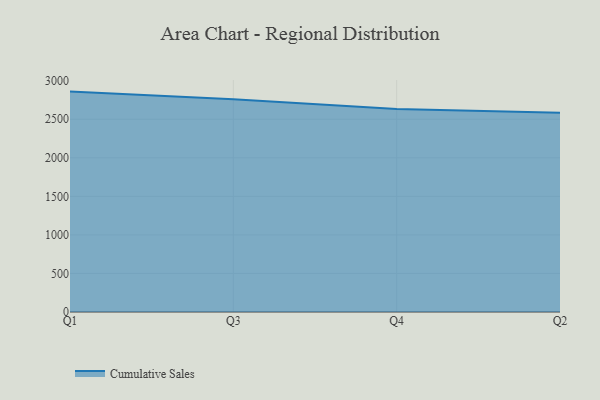
{"axis": {"x": "Quarter", "y": "Website Visitors"}, "legend": ["Cumulative Sales"], "data": [{"x": "Q1", "y": 2858.9, "type": "Cumulative Sales"}, {"x": "Q3", "y": 2759.9, "type": "Cumulative Sales"}, {"x": "Q4", "y": 2634.8, "type": "Cumulative Sales"}, {"x": "Q2", "y": 2586.0, "type": "Cumulative Sales"}]}